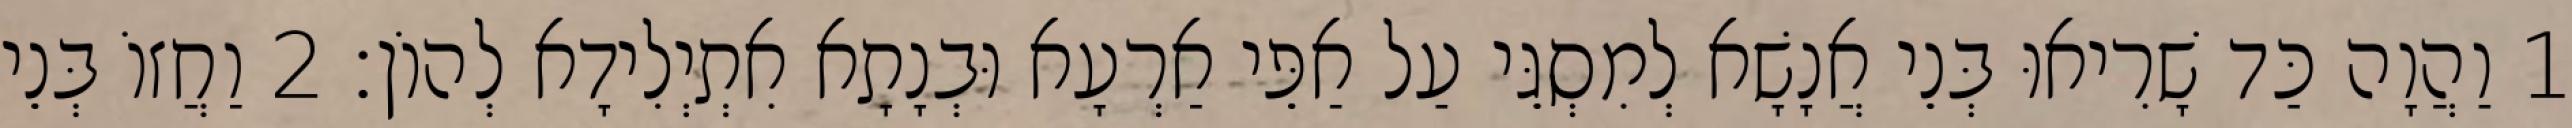
1 וַהֲוָה כַּד שָׁרִיאוּ בְּנֵי אֲנָשָׁא לְמִסְגֵּי עַל אַפֵּי אַרְעָא וּבְנָתָא אִתְיְלִידָא לְהוֹן׃ 2 וַחֲזוֹ בְּנֵי